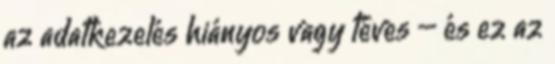
az adatkezelés hiányos vagy téves – és ez az